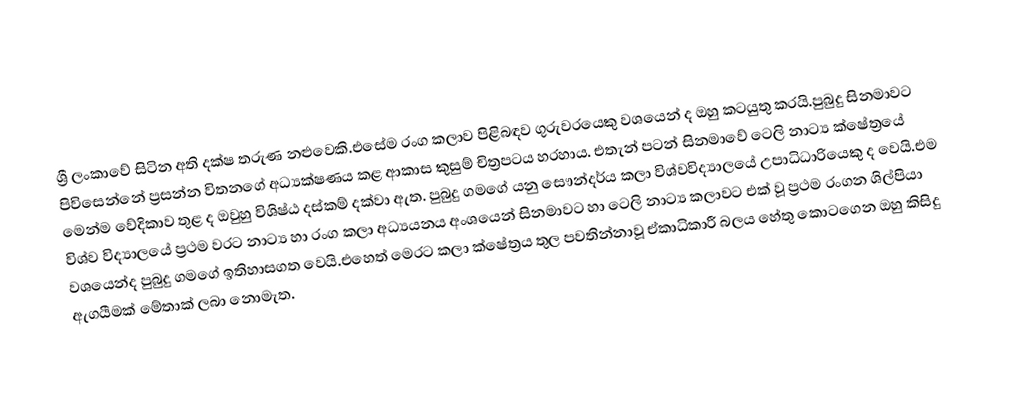
ශ්‍රී ලංකාවේ සිටින අති දක්ෂ තරුණ නළුවෙකි.එසේම රංග කලාව පිළිබඳව ගුරුවරයෙකු වශයෙන් ද ඔහු කටයුතු කරයි.පුබුදු සිනමාවට පිවිසෙන්නේ ප්‍රසන්න විතනගේ අධ්‍යක්ෂණය කළ ආකාස කුසුම් චිත්‍රපටය හරහාය. එතැන් පටන් සිනමාවේ ටෙලි නාට්‍ය ක්ෂේත්‍රයේ මෙන්ම වේදිකාව තුළ ද ඔවුහු විශිෂ්ඨ දස්කම් දක්වා ඇත. පුබුදු ගමගේ යනු සෞන්දර්ය කලා විශ්වවිද්‍යාලයේ උපාධිධාරියෙකු ද වෙයි.එම විශ්ව විද්‍යාලයේ  ප්‍රථම වරට නාට්‍ය හා රංග කලා අධ්‍යයනය අංශයෙන් සිනමාවට හා ටෙලි නාට්‍ය කලාවට එක් වූ ප්‍රථම රංගන ශිල්පියා වශයෙන්ද පුබුදු ගමගේ ඉතිහාසගත වෙයි.එහෙත් මෙරට කලා ක්ෂේත්‍රය තුල පවතින්නාවූ ඒකාධිකාරී බලය හේතු කොටගෙන ඔහු කිසිදු ඇගයීමක් මේතාක් ලබා නොමැත.